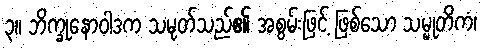
၃။ ဘိက္ခုနောဝါဒက သမုတ်သည်၏ အစွမ်းဖြင့် ဖြစ်သော သမ္မုတိကံ၊